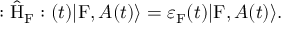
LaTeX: : \hat { \mathrm { H } } _ { \mathrm { F } } : ( t ) | \mathrm { F } , A ( t ) \rangle = { \varepsilon } _ { \mathrm { F } } ( t ) | \mathrm { F } , A ( t ) \rangle .